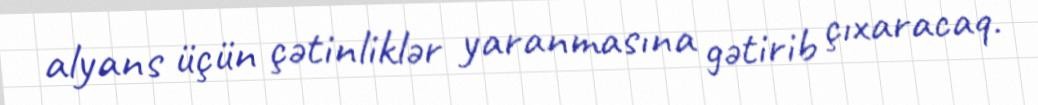
alyans üçün çətinliklər yaranmasına gətirib çıxaracaq.